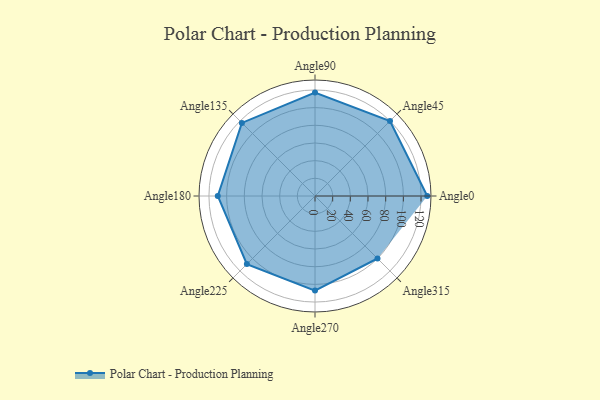
{"axis": {"x": "Angle", "y": "Radius"}, "legend": [""], "data": [{"x": "Angle0", "y": 127.0, "type": ""}, {"x": "Angle45", "y": 120.0, "type": ""}, {"x": "Angle90", "y": 117.0, "type": ""}, {"x": "Angle135", "y": 117.0, "type": ""}, {"x": "Angle180", "y": 110.0, "type": ""}, {"x": "Angle225", "y": 109.0, "type": ""}, {"x": "Angle270", "y": 107.0, "type": ""}, {"x": "Angle315", "y": 100.0, "type": ""}]}